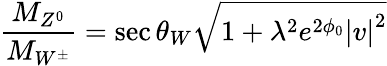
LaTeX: \frac{M_{Z^{0}}}{M_{W^{\pm}}}=\sec\theta_{W}\sqrt{1+{\lambda}^{2}e^{2\phi_{0}}{\vert v\vert}^{2}}